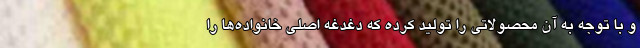
و با توجه به آن محصولاتی را تولید کرده که دغدغه اصلی خانواده‌ها را